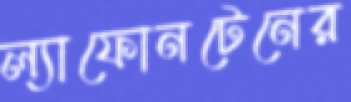
ল্যাফোনটেনের